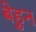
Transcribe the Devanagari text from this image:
बेहुन